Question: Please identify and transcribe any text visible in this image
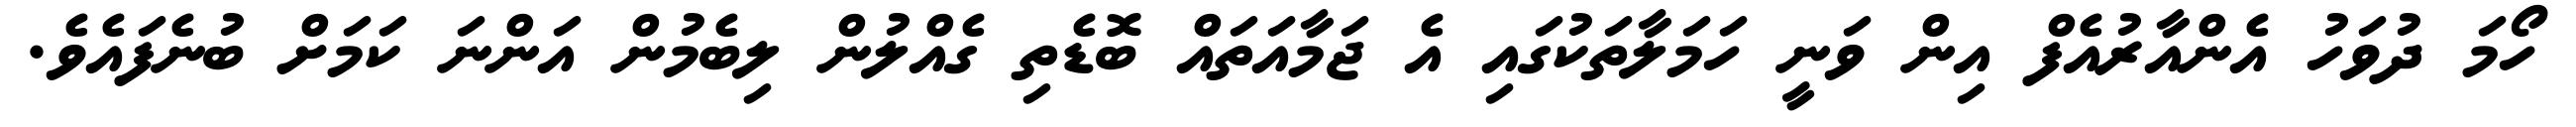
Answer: ހޯމަ ދުވަހު އެންއާރުއެފް އިން ވަނީ ހަމަލާތަކުގައި އެ ޖަމާއަތައް ބޮޑެތި ގެއްލުން ލިބެމުން އަންނަ ކަމަށް ބުނެފައެވެ.